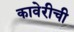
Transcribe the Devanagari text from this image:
कावेरीची